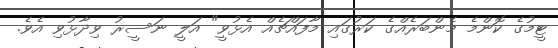
ޓީމުގެ ކޮންމެ މެންބަރެއްގެ ކަރުގައި މާފައްޗެއް އެޅުވީ" އަލީ ނަސީރު ވިދާޅުވި އެވެ.